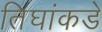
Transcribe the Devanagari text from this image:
तिघांकडे